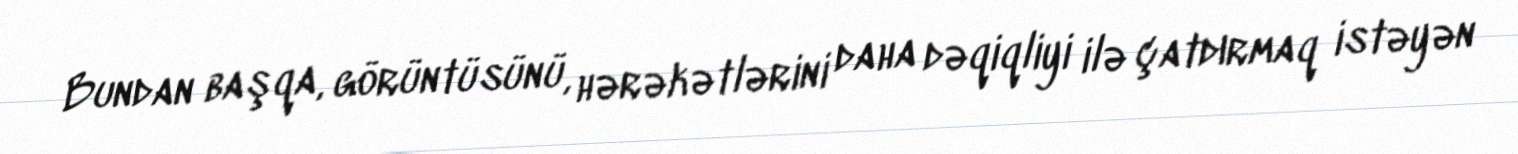
Bundan başqa, görüntüsünü, hərəkətlərini daha dəqiqliyi ilə çatdırmaq istəyən